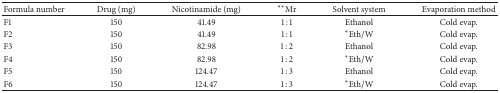
| Formula number | Drug (mg) | Nicotinamide (mg) | ∗∗Mr | Solvent system | Evaporation method |
 | --- | --- | --- | --- | --- | --- |
 | F1 | 150 | 41.49 | 1 : 1 | Ethanol | Cold evap. |
 | F2 | 150 | 41.49 | 1 : 1 | ∗Eth/W | Cold evap. |
 | F3 | 150 | 82.98 | 1 : 2 | Ethanol | Cold evap. |
 | F4 | 150 | 82.98 | 1 : 2 | ∗Eth/W | Cold evap. |
 | F5 | 150 | 124.47 | 1 : 3 | Ethanol | Cold evap. |
 | F6 | 150 | 124.47 | 1 : 3 | ∗Eth/W | Cold evap. |